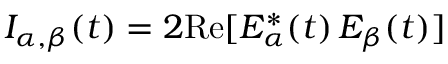
I _ { \alpha , \beta } ( t ) = 2 \mathrm { R e } [ E _ { \alpha } ^ { * } ( t ) \, E _ { \beta } ( t ) ]